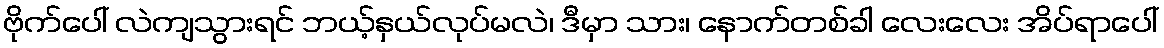
ဗိုက်ပေါ် လဲကျသွားရင် ဘယ့်နှယ်လုပ်မလဲ၊ ဒီမှာ သား၊ နောက်တစ်ခါ လေးလေး အိပ်ရာပေါ်